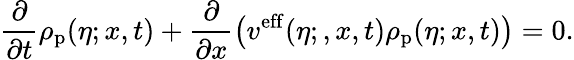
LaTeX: \frac{\partial}{\partial t}\rho_{\mathrm{p}}(\eta;x,t)+\frac{\partial}{\partial x}\big(v^{\mathrm{eff}}(\eta;,x,t)\rho_{\mathrm{p}}(\eta;x,t)\big)=0.